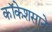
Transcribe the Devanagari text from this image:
कॉकेशसाने